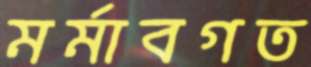
মর্মাবগত